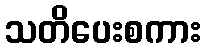
သတိပေးစကား